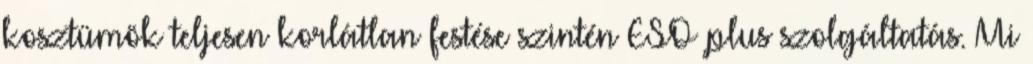
kosztümök teljesen korlátlan festése szintén ESO plus szolgáltatás. Mi